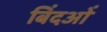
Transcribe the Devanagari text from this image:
बिंदओं